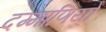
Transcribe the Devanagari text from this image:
दम्माणियों